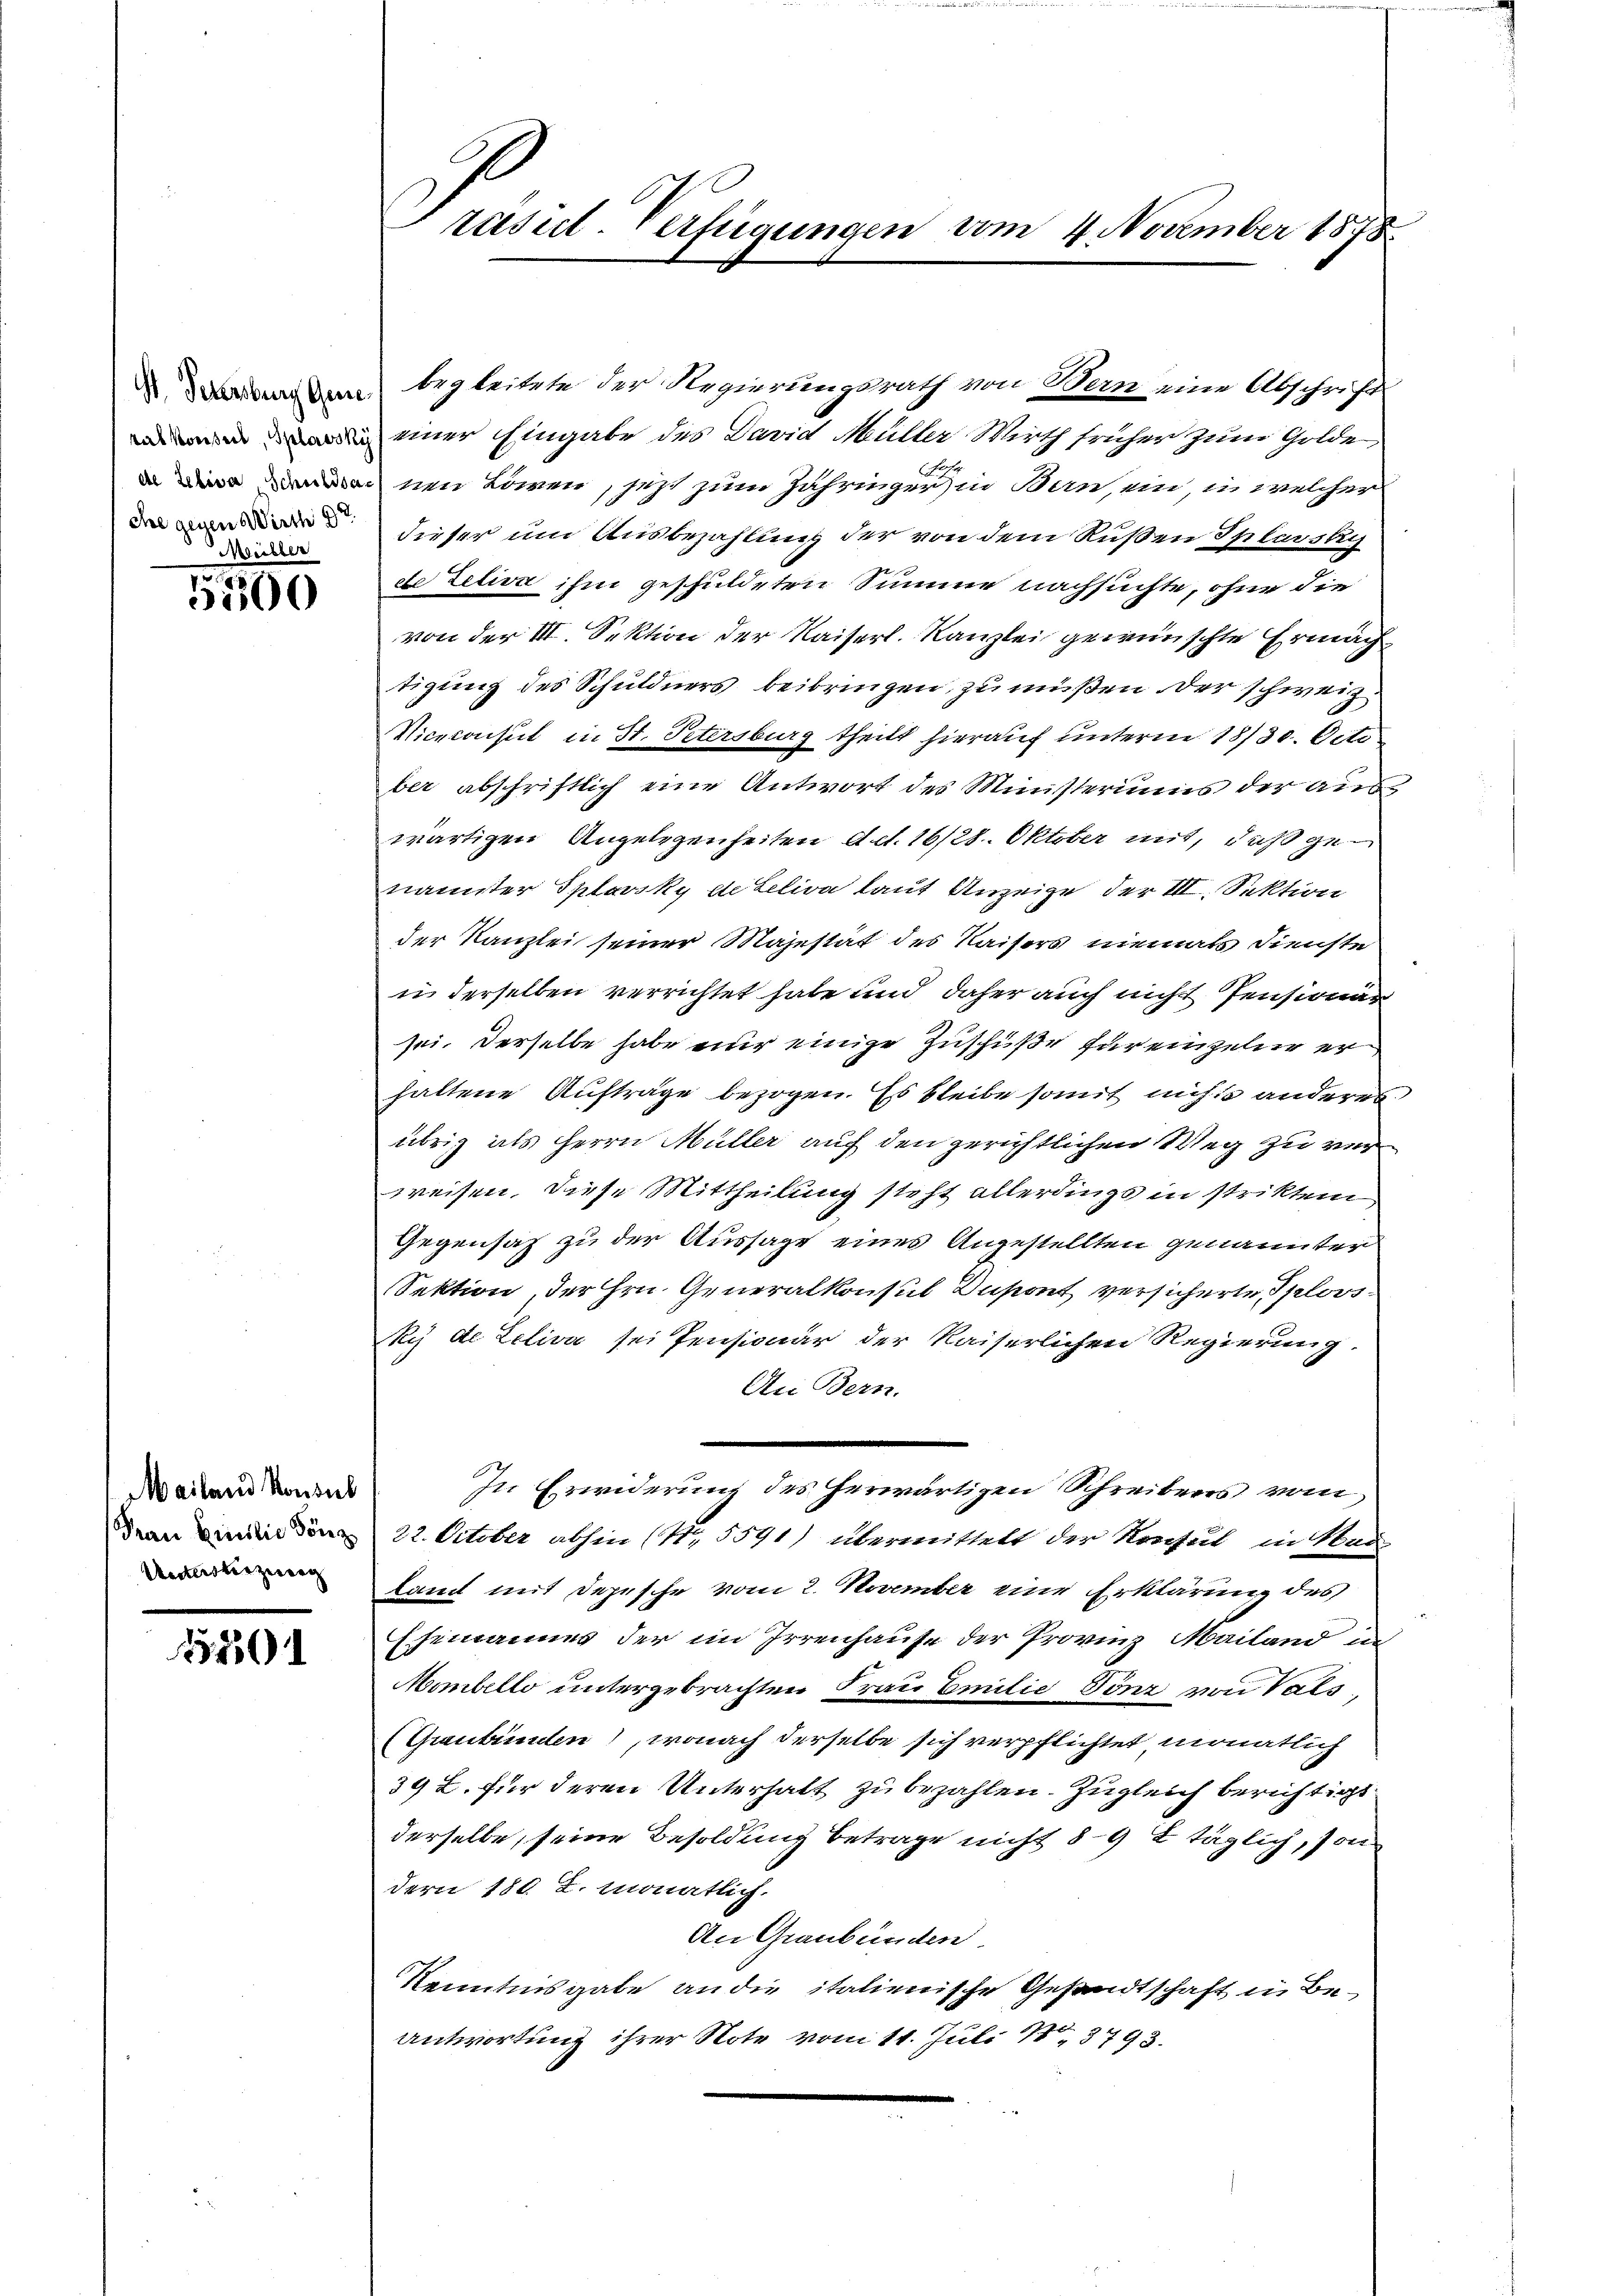
che gegen Wirth d

Mailand Konsul
Uetlisterzung

1801

Prasil-Verfügungen vom 4. November 1878.

den begleitete der Regierungsrath von Bern eine Abschrift
 einer Eingabe des David Müller Wirth früher zum Golde
nen Loren, jetzt zum Jähringer in Ban, ein, in welcher
dieser um Ausbezahlung der von dem Rußen Splarste
de zetiva ihm geschuldeten Summe nachsuchte, ohne die
von der III. Sektion der Kaiserl. Kanzlei gewünschte Ermächtigung des Schuldners beibringen, zu müßen. Der schweiz
Viceconsul in St. Petersburg theilt hierauf unterm 18/30. Octo
ber abschriftlich eine Antwort des Ministeriums der auswärtigen Angelegenheiten d. d. 16/28. Oktober mit, daß genämter Splavsky de Leliva laut Anzeige der III. Sektion
der Kanzlei seiner Majestät des Kaisers niemals Dienste
in derselben verrichtet habe und daher auch nicht Pensionär
sei. Derselbe habe eine einige Zuschüße für einzelne er
haltene Aufträge bezogen. Es bleibe somit nichts anderes
übrig als Herrn Müller auf den gerichtlichen Weg zu verweisen, diese Mittheilung steht allerdings in striktem
Gegensatz zu der Aussage eines Angestellten genannter
Sektion, der Hrn. Generalkonsul Dupont versicherte Splovsky de Leliva sei Pensionär der Kaiserlichen Regierung.
An Bern.
In Erwiderung des herwärtigen Schreibens vom
dnn 22. October abhin (11. 5591) übermittelt der Konsul in Nac
kann mit Depesche vom 2. November eine Erklärung des
Esemannes der im Irrenhause der Provinz Mailand in
Mombello untergebrachten Frau Emilie Tönz von Vals
(Graubünden), wonach derselbe sich verpflichtet, monatlich
39 Z. für deren Unterhalt zu bezahlen. Zugleich berichtigt
derselbe, seine Besoldung betrage nicht 89 t täglich, son
dern 180. Z. monatlich.
An Graubünden.
Kenntnisgabe an die italienische Gesandtschaft in Be¬
Antwortung ihrer Note vom 11. Juli 18. 3793.